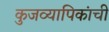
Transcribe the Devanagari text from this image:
कुजव्यापिकांची